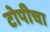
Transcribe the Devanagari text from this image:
टोपीचा